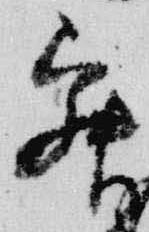
寂